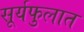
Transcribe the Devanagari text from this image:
सूर्यफुलात